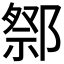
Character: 𨝋